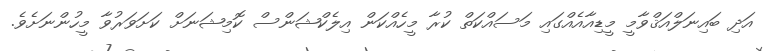
އަދި ބައިނަލްއަޤްވާމީ މީޑިއާއެއްގައި މަސައްކަތް ކުރާ މީހެއްކަން އިލެކްޝަންސް ކޮމިޝަނަށް ކަށަވަރުވާ މީހުންނަށެވެ.